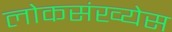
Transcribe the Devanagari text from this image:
लोकसंख्येस